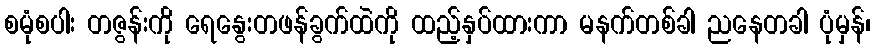
စမုံစပါး တဇွန်းကို ရေနွေးတဖန်ခွက်ထဲကို ထည့်နှပ်ထားကာ မနက်တစ်ခါ ညနေတခါ ပုံမှန်၊